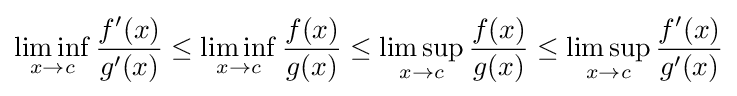
\liminf _{x\to c}{\frac {f'(x)}{g'(x)}}\leq \liminf _{x\to c}{\frac {f(x)}{g(x)}}\leq \limsup _{x\to c}{\frac {f(x)}{g(x)}}\leq \limsup _{x\to c}{\frac {f'(x)}{g'(x)}}